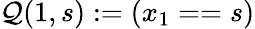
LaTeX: \mathcal{Q}(1,s):=(x_{1}==s)